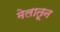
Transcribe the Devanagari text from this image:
मेलातून